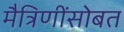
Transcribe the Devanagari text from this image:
मैत्रिणींसोबत